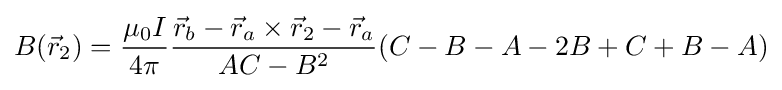
{B}({\vec {r}}_{2})={\frac {\mu _{0}I}{4\pi }}{\frac {{\vec {r}}_{b}-{\vec {r}}_{a}\times {\vec {r}}_{2}-{\vec {r}}_{a}}{AC-B^{2}}}(C-B-A-2B+C+B-A)